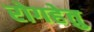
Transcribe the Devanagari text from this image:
रोगहेतु